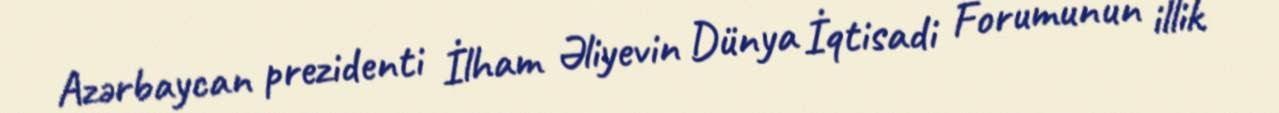
Azərbaycan prezidenti İlham Əliyevin Dünya İqtisadi Forumunun illik